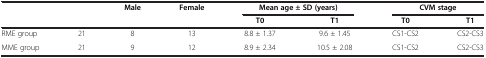
<table><thead><tr><td rowspan="2" colspan="2"></td><td><b>Male</b></td><td><b>Female</b></td><td colspan="2"><b>Mean age ± SD (years)</b></td><td colspan="2"><b>CVM stage</b></td></tr><tr><td></td><td></td><td><b>T0</b></td><td><b>T1</b></td><td><b>T0</b></td><td><b>T1</b></td></tr></thead><tbody><tr><td>RME group</td><td>21</td><td>8</td><td>13</td><td>8.8 ± 1.37</td><td>9.6 ± 1.45</td><td>CS1-CS2</td><td>CS2-CS3</td></tr><tr><td>MME group</td><td>21</td><td>9</td><td>12</td><td>8.9 ± 2.34</td><td>10.5 ± 2.08</td><td>CS1-CS2</td><td>CS2-CS3</td></tr></tbody></table>